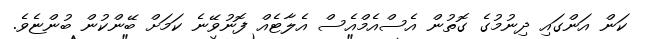
ކަން އަންގައި ދިނުމުގެ ގޮތުން އެސްއެމްއެސް އެލާޓެއް ފޮނުވޭނެ ކަމަށް ބޭންކުން ބުންޏެވެ.